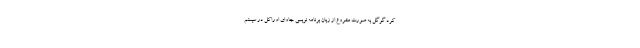
کرد گوگل به صورت مشروع از زبان برنامه نویسی جاوای اوراکل در سیستم